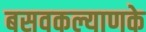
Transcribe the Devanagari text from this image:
बसवकल्याणके